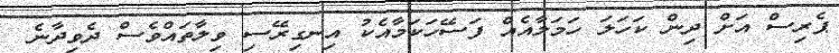
ޕެރިސް އަށް ދިން ކަހަލަ ހަމަލާއެއް ފަސޭހަކަމާއެކު އިނގިރޭސި ވިލާތައްވެސް ދެވިދާނެ